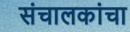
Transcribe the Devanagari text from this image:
संचालकांचा